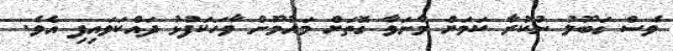
ވެސް ގަބޫލު ނުކުރާ ކަމަށް މާނަވާ ގޮތަށް މައުމޫން ވާހަކަފުޅު ދައްކަވައިފި އެވެ.